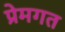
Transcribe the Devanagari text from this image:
प्रेमगत